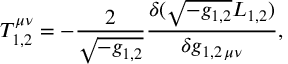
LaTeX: { \cal T } _ { 1 , 2 } ^ { \mu \nu } = - { \frac { 2 } { \sqrt { - g _ { 1 , 2 } } } } { \frac { \delta ( \sqrt { - g _ { 1 , 2 } } { \cal L } _ { 1 , 2 } ) } { \delta g _ { 1 , 2 \, \mu \nu } } } ,